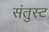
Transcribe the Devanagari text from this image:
संतुस्ट